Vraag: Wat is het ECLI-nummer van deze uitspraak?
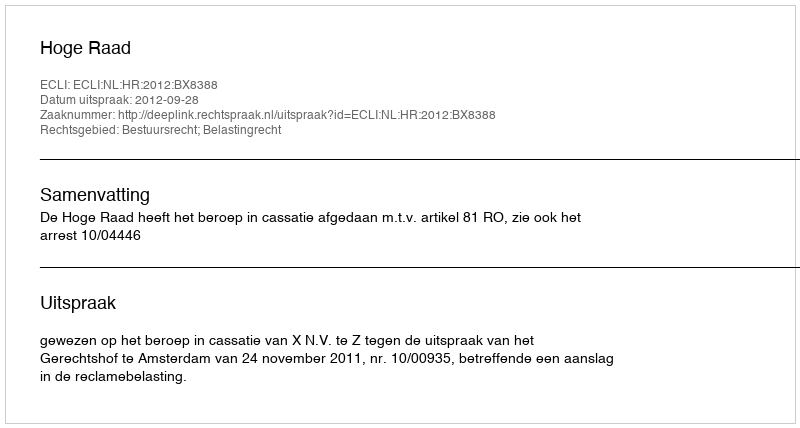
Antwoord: ECLI:NL:HR:2012:BX8388